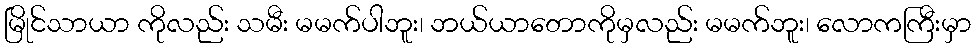
မြိုင်သာယာ ကိုလည်း သမီး မမက်ပါဘူး၊ ဘယ်ယာတောကိုမှလည်း မမက်ဘူး၊ လောကကြီးမှာ